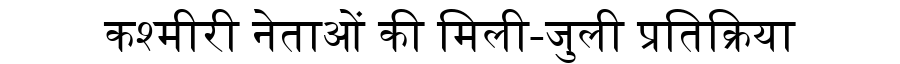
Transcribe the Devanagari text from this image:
कश्मीरी नेताओं की मिली-जुली प्रतिक्रिया